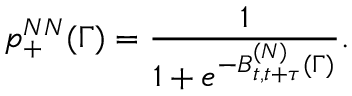
p _ { + } ^ { N N } ( \Gamma ) = \frac { 1 } { 1 + e ^ { - B _ { t , t + \tau } ^ { ( N ) } ( \Gamma ) } } .